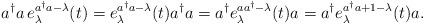
LaTeX: \begin{align*}a^{\dagger}a\,e_{\lambda}^{a^{\dagger}a-\lambda}(t)=e_{\lambda}^{a^{\dagger}a-\lambda}(t)a^{\dagger}a=a^{\dagger}e_{\lambda}^{aa^{\dagger}-\lambda}(t)a=a^{\dagger}e_{\lambda}^{a^{\dagger}a+1-\lambda}(t)a.\end{align*}